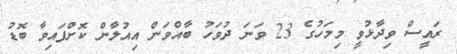
ރައީސް ވިދާޅުވީ މިމަހުގެ 23 ވަނަ ދުވަހު ބާއްވަން އިއުލާން ކޮށްފައިވާ ބޮޑު